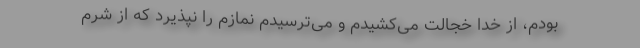
بودم، از خدا خجالت می‌کشیدم و می‌ترسیدم نمازم را نپذیرد که از شرم